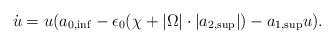
LaTeX: \begin{align*}\dot u=u(a_{0,\inf}-\epsilon_0(\chi+|\Omega|\cdot |a_{2,\sup}|)-a_{1,\sup} u).\end{align*}